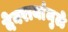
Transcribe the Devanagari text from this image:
देवरायांमुळे